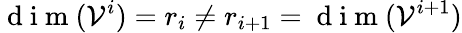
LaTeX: \mathrm{~d~i~m~}(\mathcal{V}^{i})=r_{i}\neq r_{i+1}=\mathrm{~d~i~m~}(\mathcal{V}^{i+1})